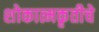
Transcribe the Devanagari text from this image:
शोकात्मकृतीचे